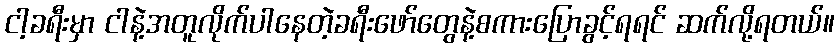
ငါ့ခရီးမှာ ငါနဲ့အတူလိုက်ပါနေတဲ့ခရီးဖော်တွေနဲ့စကားပြောခွင့်ရရင် ဆက်လို့ရတယ်။